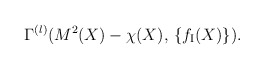
\begin{align*}\Gamma^{(l)} (M^2 (X) - \chi (X), \, \{ f_{\mbox{\scriptsize{I}}} (X) \} ) . \end{align*}